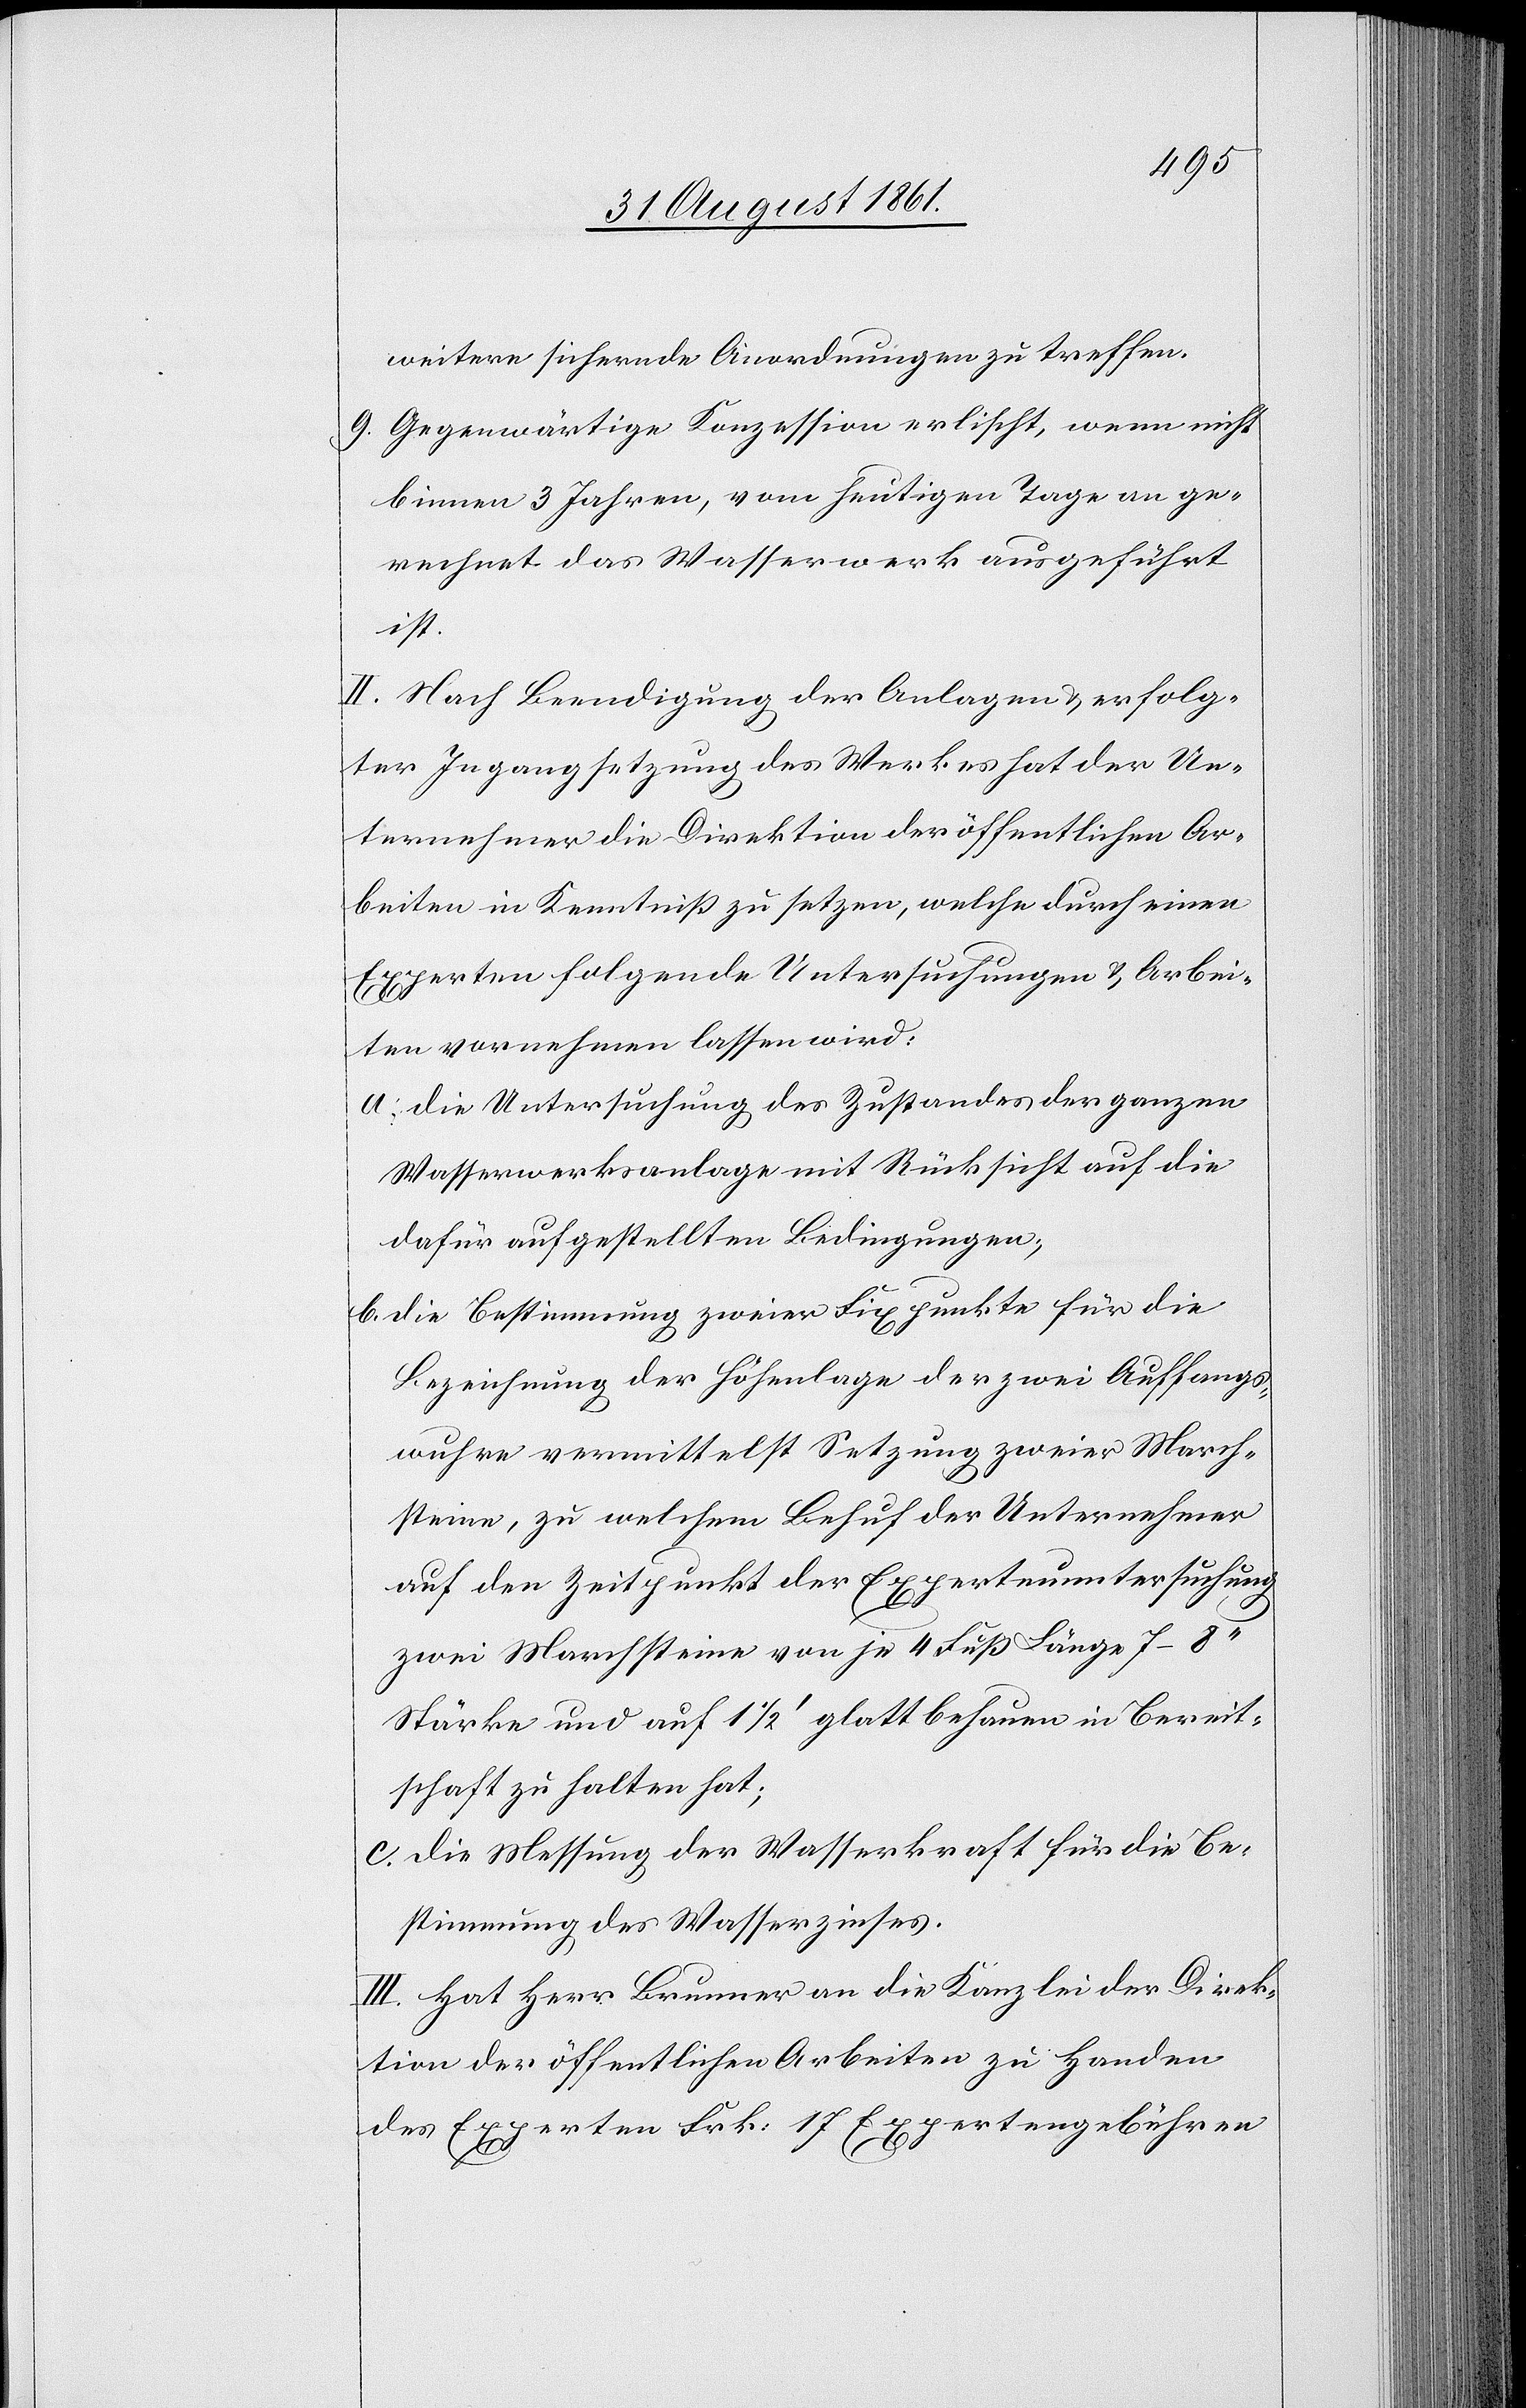
weitere sichernde Anordnungen zu treffen.
9. Gegenwärtige Konzession erlischt, wenn nicht
binnen 3 Jahren, vom heutigen Tage an ge¬
rechnet das Wasserwerk ausgeführt
ist.
II. Nach Beendigung der Anlagen u. erfolg¬
ter Ingangsetzung des Werkes hat der Un¬
ternehmer die Direktion der öffentlichen Ar¬
beiten in Kenntniß zu setzen, welche durch einen
Experten folgende Untersuchungen u. Arbei¬
ten vornehmen lassen wird:
a. die Untersuchung des Zustandes der ganzen
Wasserwerksanlage mit Rücksicht auf die
dafür aufgestellten Bedingungen,
b. die Bestimmung zweier Fixpunkte für die
Bezeichnung der Höhenlage der zwei Auffangs¬
wuhre vermittelst Setzung zweier March¬
steine, zu welchem Behuf der Unternehmer
auf den Zeitpunkt der Expertenuntersuchung
zwei Marchsteine von je 4 Fuß Länge 7–8‘‘
Stärke und auf 1 1/2‘ glatt behauen in Bereit¬
schaft zu halten hat;
c. die Messung der Wasserkraft für die Be¬
stimmung des Wasserzinses.
III. Hat Herr Brunner an die Kanzlei der Direk¬
tion der öffentlichen Arbeiten zu Handen
des Experten Frk. 17 Expertengebühren